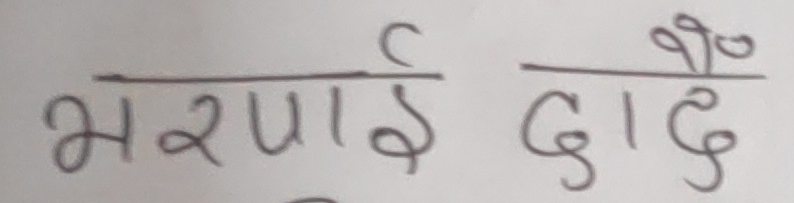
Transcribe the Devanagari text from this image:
भरपाई दादै